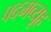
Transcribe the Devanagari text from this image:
पदमव्यूह